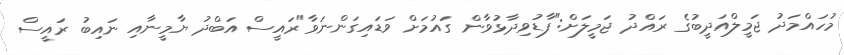
މުހައްމަދު ޖަމީލްއަދީބުގެ ރައްދު ޖަމީލަށް:"ފާޑުވިދާޅުވާން ގައުމަށް ވަޑައިގަންނަވާ"ރައީސް އަބްދު ޔާމީނާއި ނައިބު ރައީސް